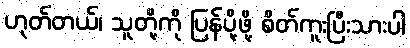
ဟုတ်တယ်၊ သူတို့ကို ပြန်ပို့ဖို့ စိတ်ကူးပြီးသားပါ